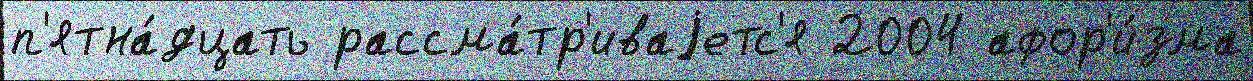
п'ятна́дцать рассма́тр'иваjетс'я 2004 афор'и́зма